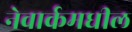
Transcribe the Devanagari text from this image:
नेवार्कमधील